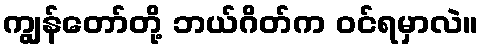
ကျွန်တော်တို့ ဘယ်ဂိတ်က ဝင်ရမှာလဲ။